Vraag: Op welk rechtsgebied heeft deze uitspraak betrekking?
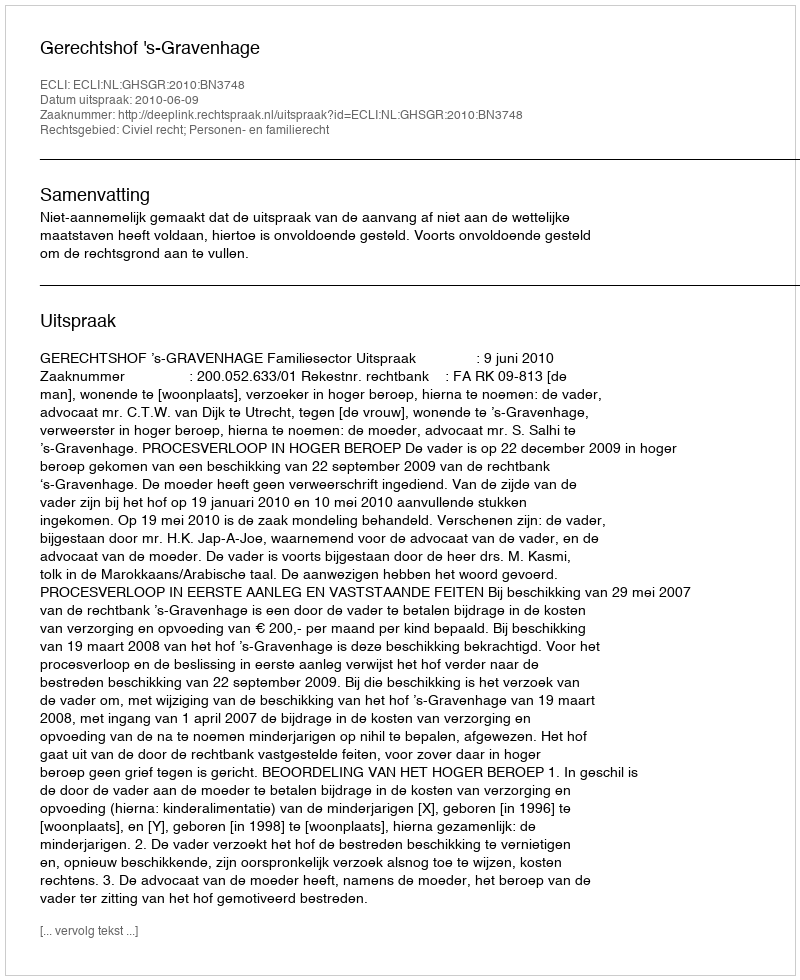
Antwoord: Civiel recht; Personen- en familierecht